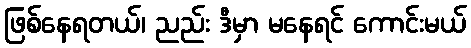
ဖြစ်နေရတယ်၊ ညည်း ဒီမှာ မနေရင် ကောင်းမယ်